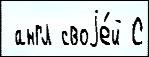
 англ своjе́й С